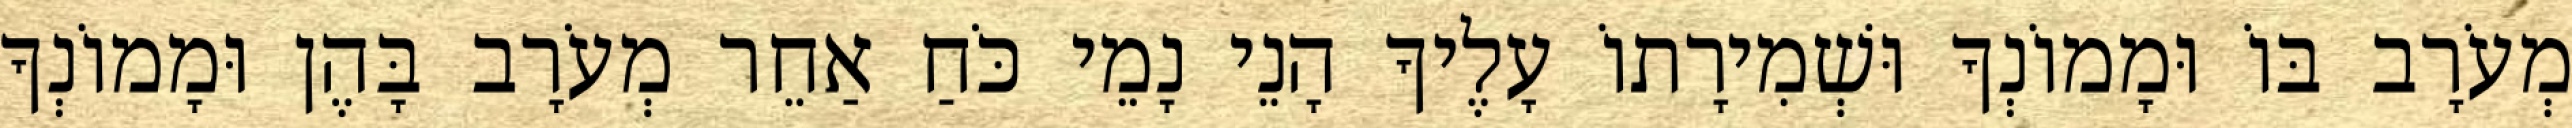
מְעֹרָב בּוֹ וּמָמוֹנְךָ וּשְׁמִירָתוֹ עָלֶיךָ הָנֵי נָמֵי כֹּחַ אַחֵר מְעֹרָב בָּהֶן וּמָמוֹנְךָ